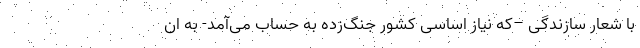
با شعار سازندگی –که نیاز اساسی کشور جنگ‌زده به حساب می‌آمد- به ان